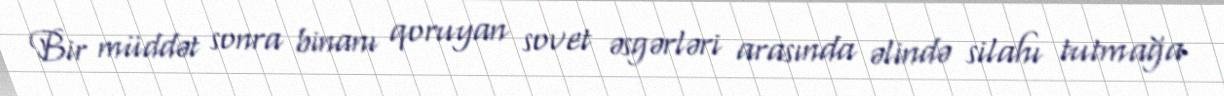
Bir müddət sonra binanı qoruyan sovet əsgərləri arasında əlində silahı tutmağa